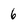
Character: 6